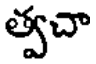
త్వచా